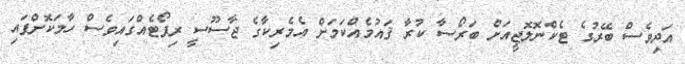
އަދިވެސް ބޭރުގެ ޓެކްނޮލޮޖީއަށް ބަރޯސާ ކުރާ ޤައުމެއްކަމަށް އެމެރިކާގެ ޖާސޫސީ ރިޕޯޓެއްގައިވެސް ހާމަކޮށްފައި